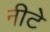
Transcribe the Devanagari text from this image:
नीटे